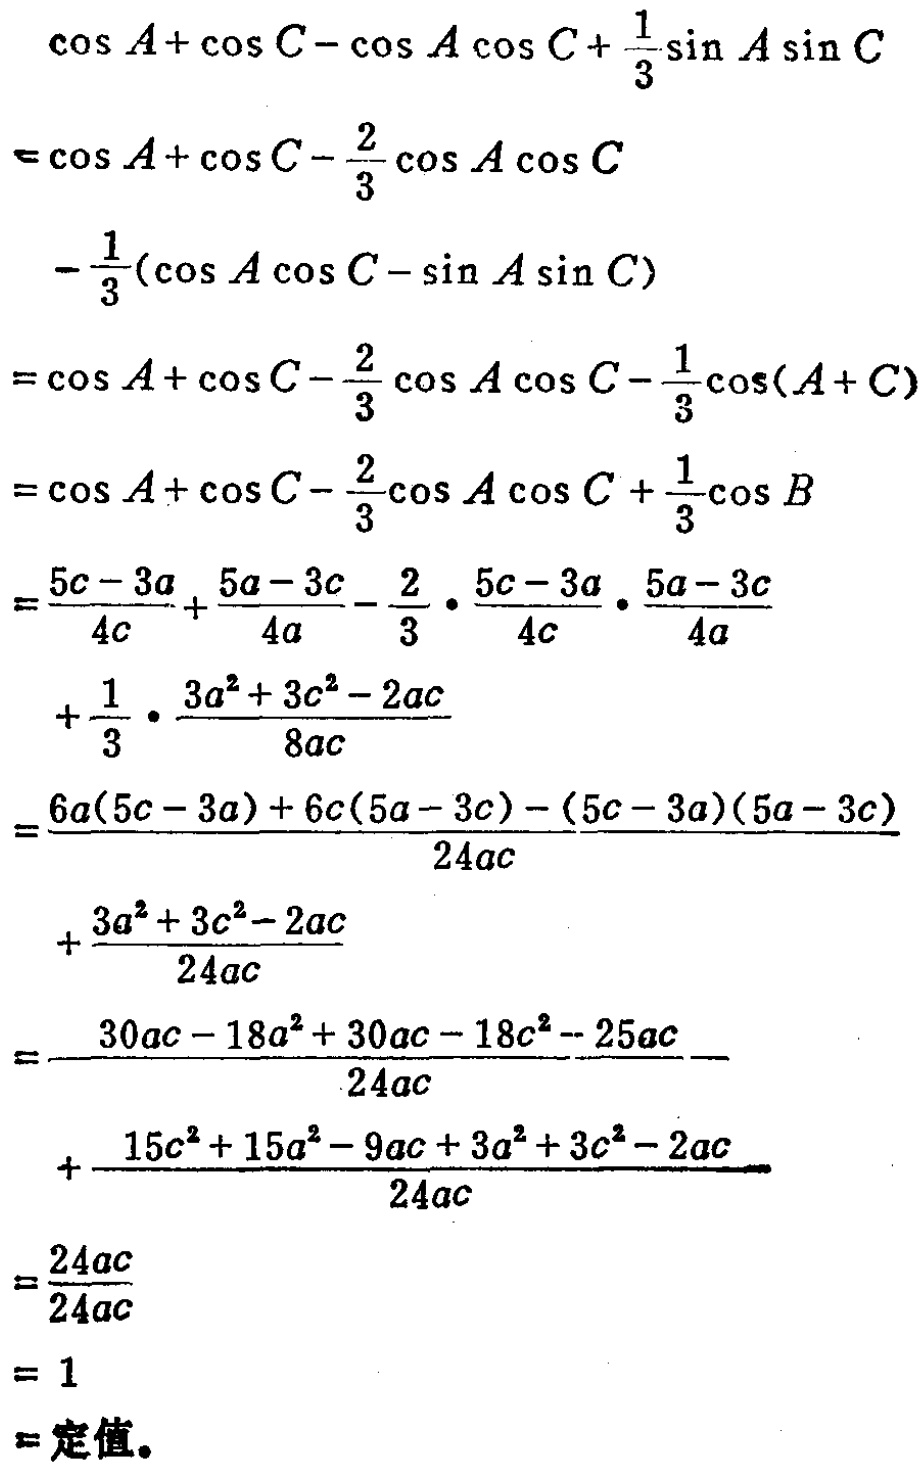
\begin{align*}
&\cos A+\cos C - \cos A\cos C+\frac{1}{3}\sin A\sin C\\
=&\cos A+\cos C-\frac{2}{3}\cos A\cos C\\
&-\frac{1}{3}(\cos A\cos C - \sin A\sin C)\\
=&\cos A+\cos C-\frac{2}{3}\cos A\cos C-\frac{1}{3}\cos(A + C)\\
=&\cos A+\cos C-\frac{2}{3}\cos A\cos C+\frac{1}{3}\cos B\\
=&\frac{5c - 3a}{4c}+\frac{5a - 3c}{4a}-\frac{2}{3}\cdot\frac{5c - 3a}{4c}\cdot\frac{5a - 3c}{4a}\\
&+\frac{1}{3}\cdot\frac{3a^{2}+3c^{2}-2ac}{8ac}\\
=&\frac{6a(5c - 3a)+6c(5a - 3c)-(5c - 3a)(5a - 3c)}{24ac}\\
&+\frac{3a^{2}+3c^{2}-2ac}{24ac}\\
=&\frac{30ac - 18a^{2}+30ac - 18c^{2}-25ac}{24ac}\\
&+\frac{15c^{2}+15a^{2}-9ac + 3a^{2}+3c^{2}-2ac}{24ac}\\
=&\frac{24ac}{24ac}\\
=&1\\
=&定值。
\end{align*}